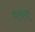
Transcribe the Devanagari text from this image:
वसण